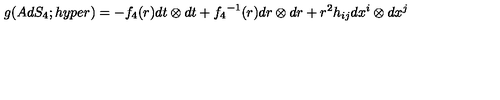
g ( A d S _ { 4 } ; h y p e r ) = - { f _ { 4 } } ( r ) d t \otimes d t + { f _ { 4 } } ^ { - 1 } ( r ) d r \otimes d r + r ^ { 2 } h _ { i j } d x ^ { i } \otimes d x ^ { j }